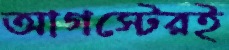
আগস্টেরই